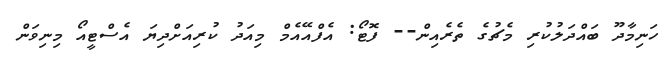
ހަނިމާދޫ ބައްދަލުކުރި މެޗުގެ ތެރެއިން-- ފޮޓޯ: އެފްއޭއެމް މިއަދު ކުރިއަށްދިޔަ އެސްޓީއޯ މިނިވަން